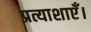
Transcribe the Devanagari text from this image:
प्रत्याशाएँ।